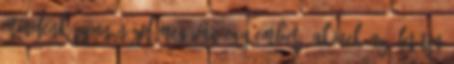
mindenképpen nézd meg Van egy ember, akinek az életútja